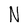
Character: N